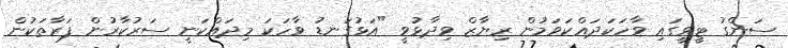
ސަންގު ޓީވީގައި ވާހަކަދައްކަވަމުން ރިޔާޒް ވިދާޅުވީ "އަޅުގަނޑު ވާހަކަ މިދައްކަނީ ސަރުކާރުން ފަރާތަކުން